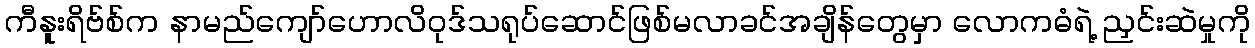
ကီနူးရိဗ်စ်က နာမည်ကျော်ဟောလိဝုဒ်သရုပ်ဆောင်ဖြစ်မလာခင်အချိန်တွေမှာ လောကဓံရဲ့ ညှင်းဆဲမှုကို